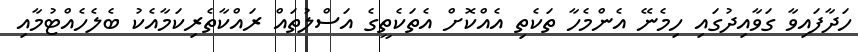
ހަދާފައިވާ ގަވާއިދުގައި ހިމެނޭ އެންމެހާ ތަކެތި އެއްކޮށް އެތަކެތީގެ އަސްލުތައް ރައްކާތެރިކަމާއެކު ބެލެހެއްޓުމާއި